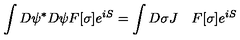
\int D \psi ^ { * } D \psi F [ \sigma ] e ^ { i S } = \int D \sigma J \quad F [ \sigma ] e ^ { i S }